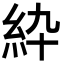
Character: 紣